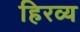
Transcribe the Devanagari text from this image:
हिरव्य